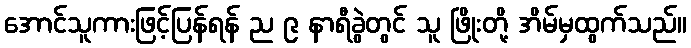
အောင်သူကားဖြင့်ပြန်ရန် ည ၉ နာရီခွဲတွင် သူ ဖြိုးတို့ အိမ်မှထွက်သည်။